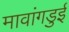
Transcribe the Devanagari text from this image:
मावांगडुई